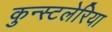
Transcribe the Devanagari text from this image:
कुन्स्टलेरिया